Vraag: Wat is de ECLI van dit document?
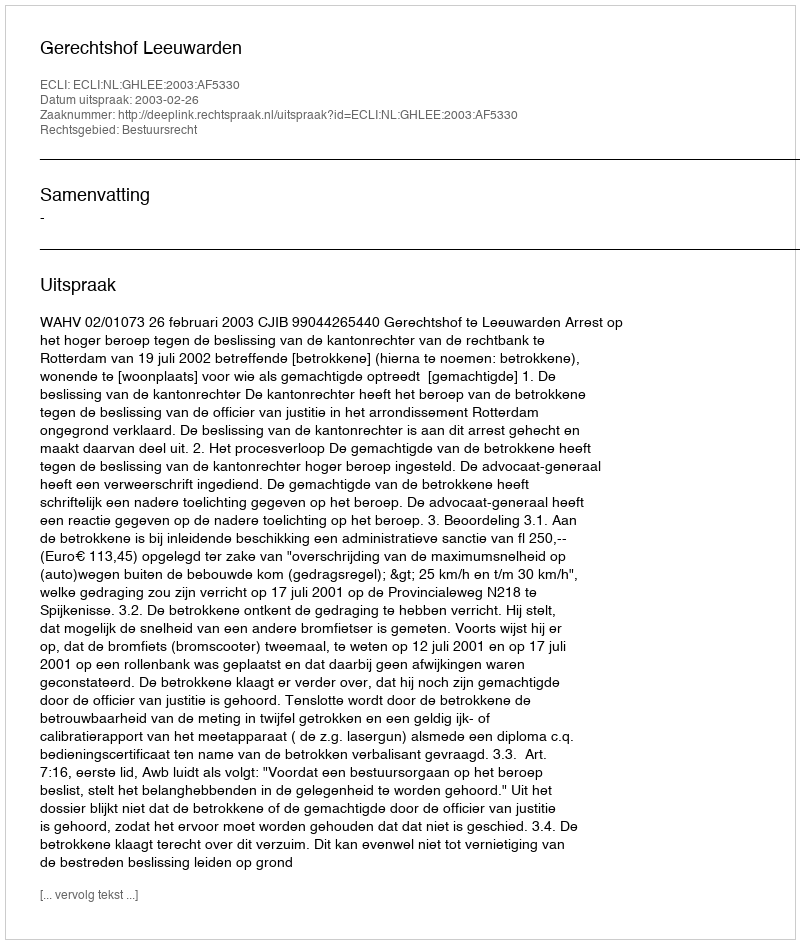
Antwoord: ECLI:NL:GHLEE:2003:AF5330